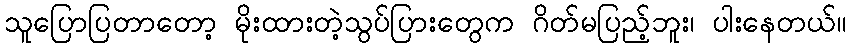
သူပြောပြတာတော့ မိုးထားတဲ့သွပ်ပြားတွေက ဂိတ်မပြည့်ဘူး၊ ပါးနေတယ်။